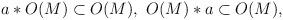
LaTeX: \begin{align*}a* O(M) \subset O(M),\,\,O(M) * a \subset O(M),\end{align*}